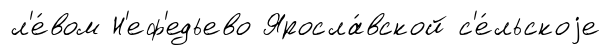
л'е́вом Н'еф'едьево Яросла́вской с'е́льскоjе